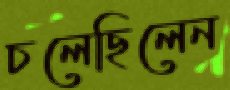
চলেছিলেন